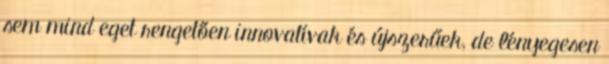
sem mind eget rengetően innovatívak és újszerűek, de lényegesen